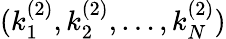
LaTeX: (k_{1}^{(2)},k_{2}^{(2)},\dots,k_{N}^{(2)})